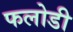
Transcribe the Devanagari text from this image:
फलोडी